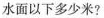
水面以下多少米?